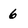
Character: 6